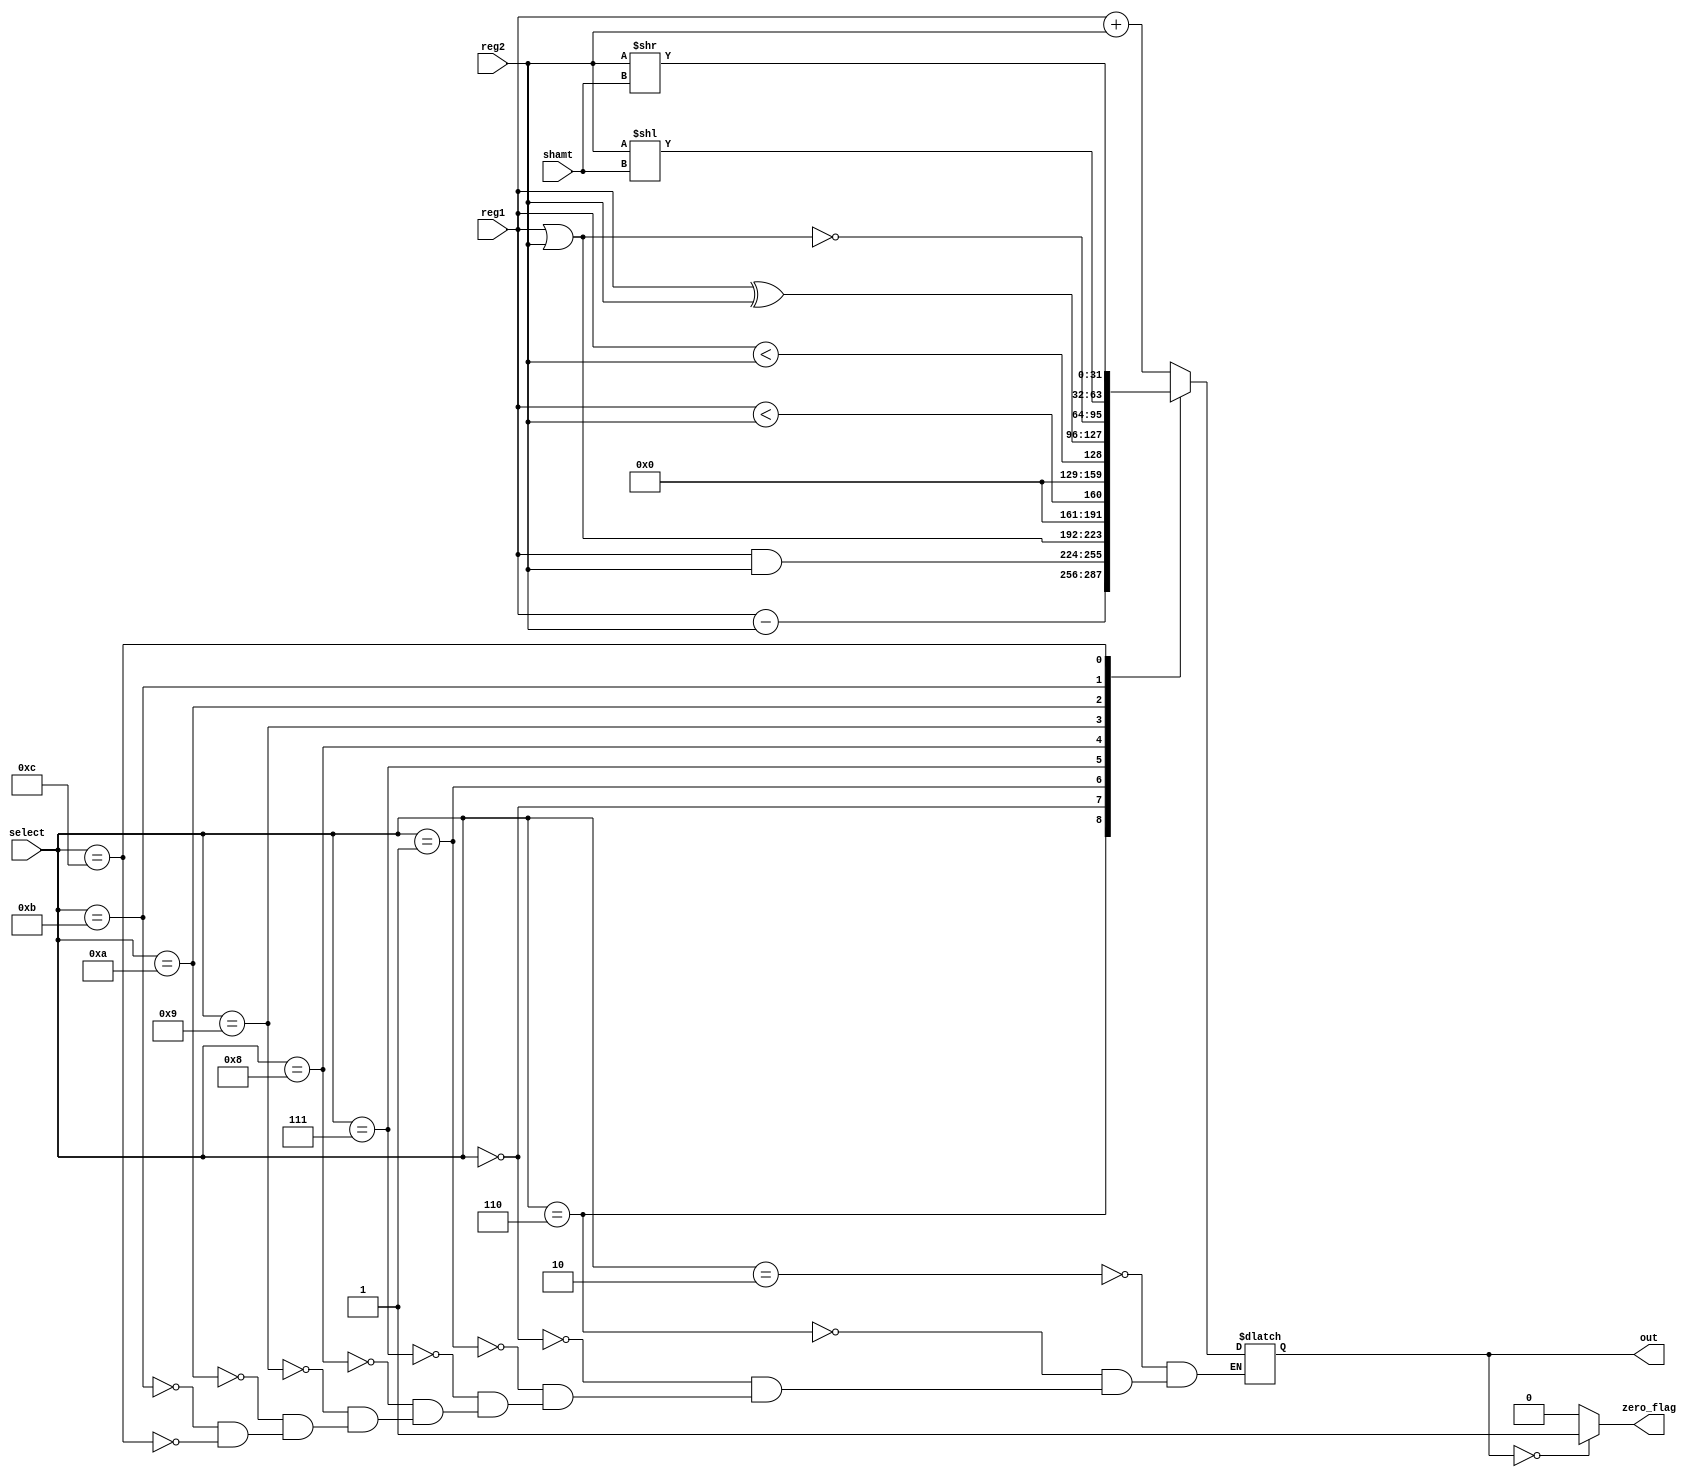
module alu(out, zero_flag, reg1, reg2, shamt, select);

output reg [31:0] out;
output reg zero_flag;
input [31:0] reg1, reg2;
input [4:0] shamt;
input [3:0] select;

always @ (out)
begin
	if (out == 0)
		zero_flag = 1;
	else
		zero_flag = 0;
end
always @ (reg1, reg2, select)
begin
	case (select)
	4'b0010: out = reg1 + reg2;//add
	4'b0110: out = reg1 - reg2; //sub
	4'b0000: out = reg1 & reg2; //and
	4'b0001: out = reg1 | reg2; //or
	4'b0111: out = $signed(reg1) < $signed(reg2); //slt
	4'b1000: out = reg1 < reg2; //sltu
	4'b1001: out = reg1 ^ reg2; //xor
	4'b1010: out = ~(reg1 | reg2); //nor
	4'b1011: out = reg2 << shamt; //sll
	4'b1100: out = reg2 >> shamt; //srl
	endcase
end

endmodule